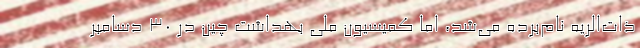
ذات‌الریه نام‌برده می‌شد، اما کمیسیون ملی بهداشت چین در ۳۰ دسامبر